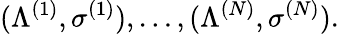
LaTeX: (\Lambda^{(1)},\sigma^{(1)}),\dots,(\Lambda^{(N)},\sigma^{(N)}).